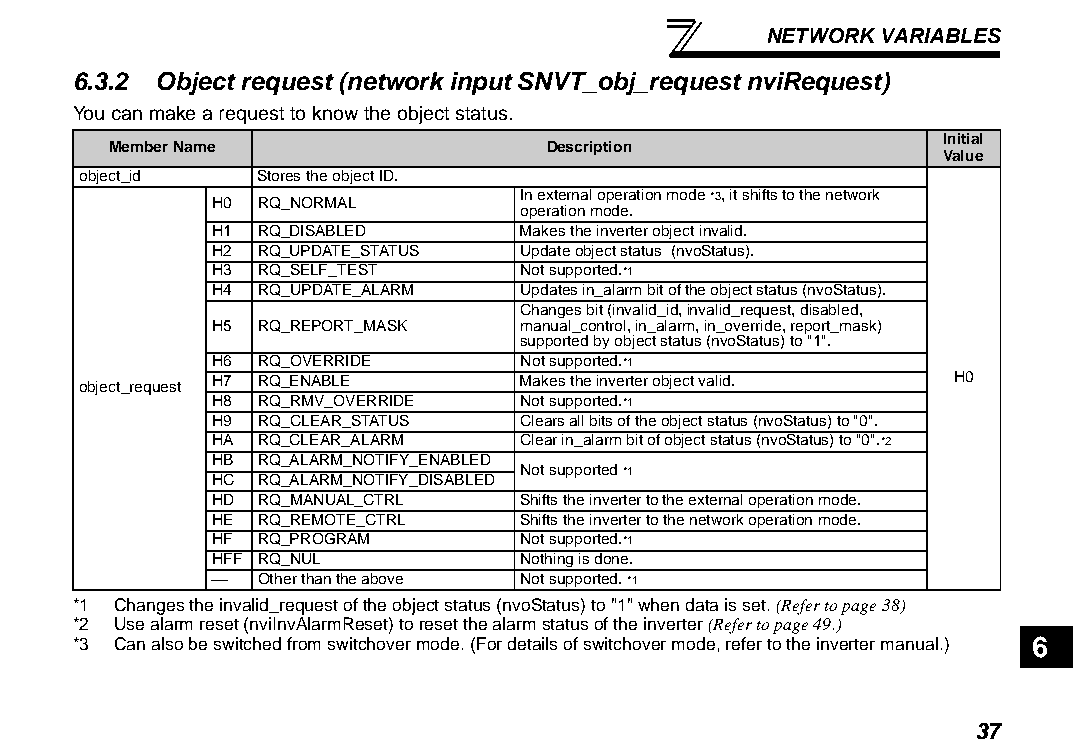
NETWORK VARIABLES
 6.3.2 Object request (network input SNVT_obj_request nviRequest)
 You can make a request to know the object status.
 Initial
 Member Name                  Description
 Value
 object_id   Stores the object ID.
 H0 RQ_NORMAL
 In external operation mode *3, it shifts to the network
 operation mode.
 H1 RQ_DISABLED      Makes the inverter object invalid.
 H2 RQ_UPDATE_STATUS Update object status (nvoStatus).
 H3 RQ_SELF_TEST     Not supported.*1
 H4 RQ_UPDATE_ALARM  Updates in_alarm bit of the object status (nvoStatus).
 Changes bit (invalid_id, invalid_request, disabled,
 H5 RQ_REPORT_MASK   manual_control, in_alarm, in_override, report_mask)
 supported by object status (nvoStatus) to "1".
 H6 RQ_OVERRIDE      Not supported.*1
 object_request H7 RQ_ENABLE  Makes the inverter object valid. H0
 H8 RQ_RMV_OVERRIDE  Not supported.*1
 H9 RQ_CLEAR_STATUS  Clears all bits of the object status (nvoStatus) to "0".
 HA RQ_CLEAR_ALARM   Clear in_alarm bit of object status (nvoStatus) to "0".*2
 HB RQ_ALARM_NOTIFY_ENABLED
 Not supported *1
 HC RQ_ALARM_NOTIFY_DISABLED
 HD RQ_MANUAL_CTRL   Shifts the inverter to the external operation mode.
 HE RQ_REMOTE_CTRL   Shifts the inverter to the network operation mode.
 HF RQ_PROGRAM       Not supported.*1
 HFF RQ_NUL          Nothing is done.
   Other than the above Not supported. *1
 *1 Changes the invalid_request of the object status (nvoStatus) to "1" when data is set. (Refer to page 38)
 *2 Use alarm reset (nviInvAlarmReset) to reset the alarm status of the inverter (Refer to page 49.)
 *3 Can also be switched from switchover mode. (For details of switchover mode, refer to the inverter manual.) 6
 37